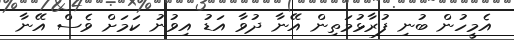
އެމީހުން ބުނި ފުރާޅުމަތިން އޭނާ ދުވާ އަޑު އިވުނު ކަމަށް ވެސް އޭނާ